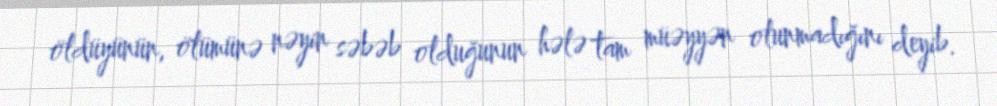
öldüyünün, ölümünə nəyin səbəb olduğunun hələ tam müəyyən olunmadığını deyib.